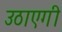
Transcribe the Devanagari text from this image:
उठाएगी